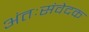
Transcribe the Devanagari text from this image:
अंतःसंवेदक